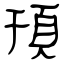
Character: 頇